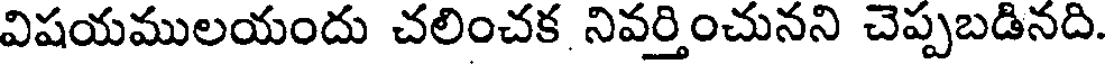
విషయములయందు చలించక నివర్తించునని చెప్పబడినది.